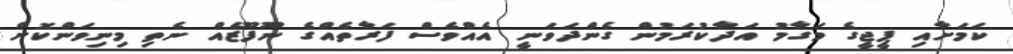
ކަމަށާއި ޕީޖީގެ މަގާމު އަދާކުރަމުން ގެންދަވަނީ އެެއްވެސް ފަރާތެއްގެ ނޫފޫޒެއް ނެތި މިނިވަންކޮށް